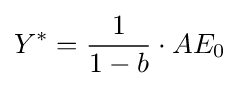
Y^{*}={\frac {1}{1-b}}\cdot AE_{0}\;